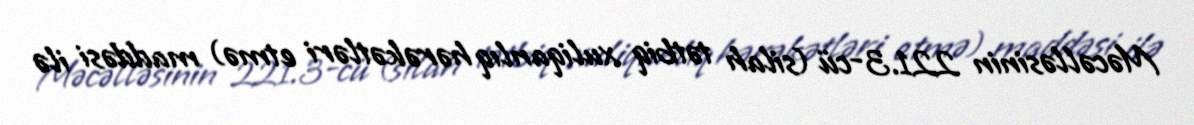
Məcəlləsinin 221.3-cü (silah tətbiq xuliqanlıq hərəkətləri etmə) maddəsi ilə